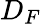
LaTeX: D_{F}